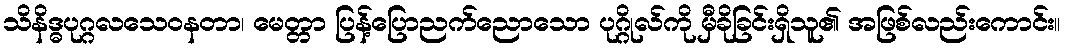
သိနိဒ္ဓပုဂ္ဂလသေဝနတာ၊ မေတ္တာ ပြန့်ပြောညက်ညောသော ပုဂ္ဂိုလ်ကို မှီခိုခြင်းရှိသူ၏ အဖြစ်လည်းကောင်း။